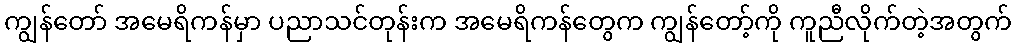
ကျွန်တော် အမေရိကန်မှာ ပညာသင်တုန်းက အမေရိကန်တွေက ကျွန်တော့်ကို ကူညီလိုက်တဲ့အတွက်